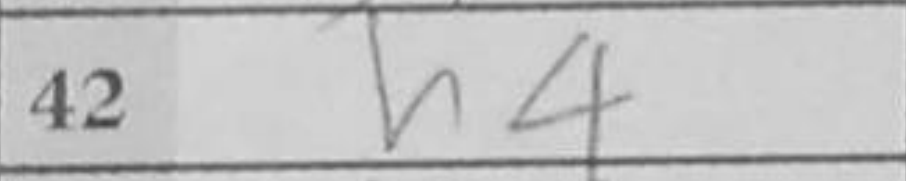
Transcription: h4